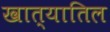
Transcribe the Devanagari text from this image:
खात्यातिल